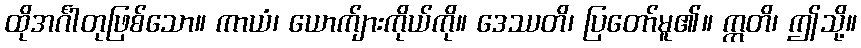
ထိုအင်္ဂါတုဖြစ်သော။ ကာယံ၊ ယောက်ျားကိုယ်ကို။ ဒေဿတိ၊ ပြတော်မူ၏။ ဣတိ၊ ဤသို့။